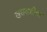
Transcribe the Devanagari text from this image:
खसखशीचा